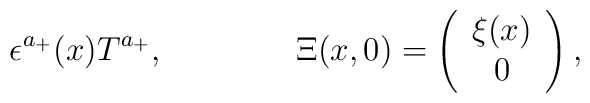
\epsilon^{a_+}(x) T^{a_+}, \qquad\qquad   \Xi(x,0) =  \left( \begin{array}{c}		\xi(x) \\		0	      \end{array} \right),